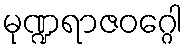
မုဏ္ဍရာဇဝဂ္ဂေါ